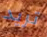
تريد